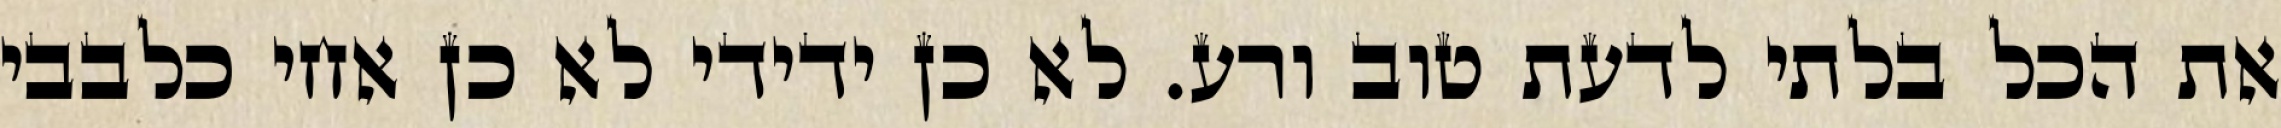
את הכל בלתי לדעת טוב ורע. לא כן ידידי לא כן אחי כלבבי